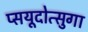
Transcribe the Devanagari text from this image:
प्सयूदोत्सुगा